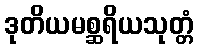
ဒုတိယမစ္ဆရိယသုတ္တံ